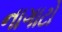
નાગાટો